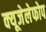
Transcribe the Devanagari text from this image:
क्‍यूजेलेफोप